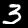
Digit: 3